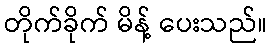
တိုက်ခိုက် မိန့် ပေးသည်။